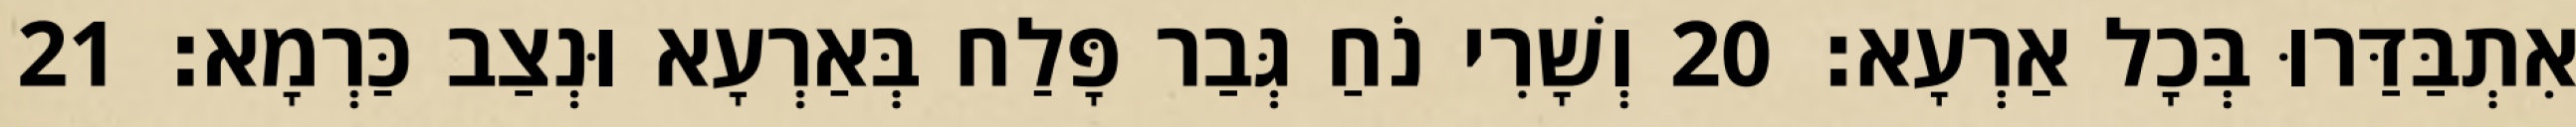
אִתְבַּדַּרוּ בְּכָל אַרְעָא׃ 20 וְשָׁרִי נֹחַ גְּבַר פָּלַח בְּאַרְעָא וּנְצַב כַּרְמָא׃ 21